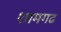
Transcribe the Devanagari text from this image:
शामगढ